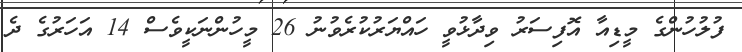
ފުލުހުންގެ މީޑިއާ އޮފިސަރު ވިދާޅުވީ ހައްޔަރުކުރެވުނު 26 މީހުންނަކީވެސް 14 އަަހަރުގެ ދެ